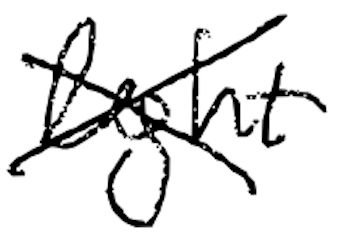
Text: light
Cross-out: cross
Writing tool: digital_black